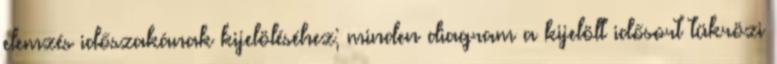
elemzés időszakának kijelöléséhez; minden diagram a kijelölt idősort tükrözi